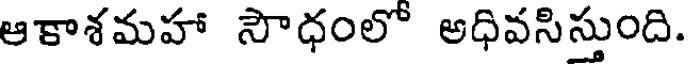
ఆకాశమహా సౌధంలో అధివసిస్తుంది.